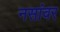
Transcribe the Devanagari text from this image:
नसांवर